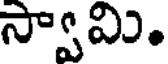
స్వామి.